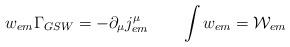
LaTeX: \begin{align*}w_{em}\Gamma_{GSW}=-\partial_{\mu}j^{\mu}_{em} \qquad \int w_{em} = {\cal{W}}_{em} {}\\\end{align*}